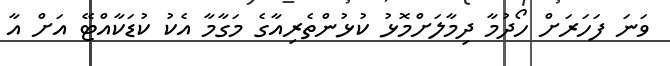
ވަނަ ފަހަރަށް ހޯދުމާ ދިމާލަށްމޮޅު ކުޅުންތެރިއާގެ މަގާމާ އެކު ކުޑަކާއްޓޭ އަށް އާ